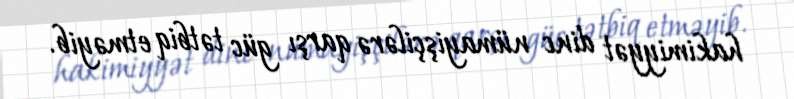
hakimiyyət dinc nümayişçilərə qarşı güc tətbiq etməyib.